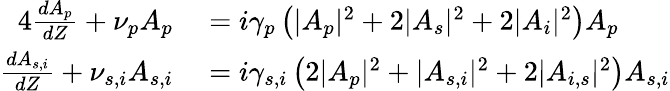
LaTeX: \begin{array}{rl}{{4}\frac{dA_{p}}{dZ}+\nu_{p}A_{p}}&{{}=i\gamma_{p}\left(|A_{p}|^{2}+2|A_{s}|^{2}+2|A_{i}|^{2}\right)A_{p}}\\ {\frac{dA_{s,i}}{dZ}+\nu_{s,i}A_{s,i}}&{{}=i\gamma_{s,i}\left(2|A_{p}|^{2}+|A_{s,i}|^{2}+2|A_{i,s}|^{2}\right)A_{s,i}}\end{array}